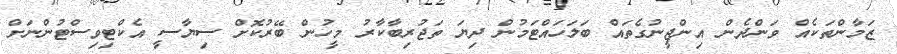
ޒަމާންތަކެއް ވަންދެން އިންޖީނުގެތައް ބަލަހައްޓަމުން ދިޔަ ތަޖުރިބާކާރު މީހުން ބޭރުކޮށް ސިޔާސީ އެކްޓިވިސްޓުންނަށް